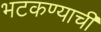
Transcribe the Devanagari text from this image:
भटकण्याची